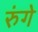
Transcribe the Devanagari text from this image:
रुंगे